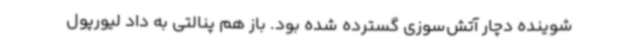
شوینده دچار آتش‌سوزی گسترده شده بود. باز هم پنالتی به داد لیورپول